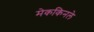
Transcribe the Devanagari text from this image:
मेककिनले